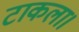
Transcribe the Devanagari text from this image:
टाकला।